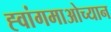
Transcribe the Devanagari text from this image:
ह्वांगमाओच्यान